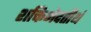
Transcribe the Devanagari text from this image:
शक्तिभेदतीर्थ